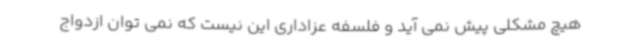
هیچ مشکلی پیش نمی آید و فلسفه عزاداری این نیست که نمی توان ازدواج